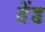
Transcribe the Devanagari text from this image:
देंह